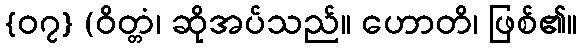
{၀၇} (ဝိတ္တံ၊ ဆိုအပ်သည်။ ဟောတိ၊ ဖြစ်၏။